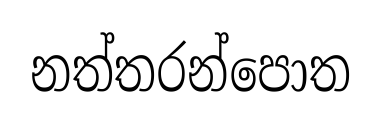
නත්තරන්පොත